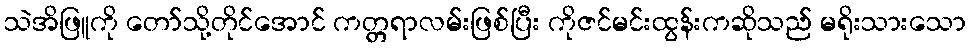
သဲအိဖြူကို တော်သို့တိုင်အောင် ကတ္တရာလမ်းဖြစ်ပြီး ကိုဇင်မင်းထွန်းကဆိုသည် မရိုးသားသော